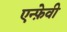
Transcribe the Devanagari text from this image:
एन्फ़ेवी